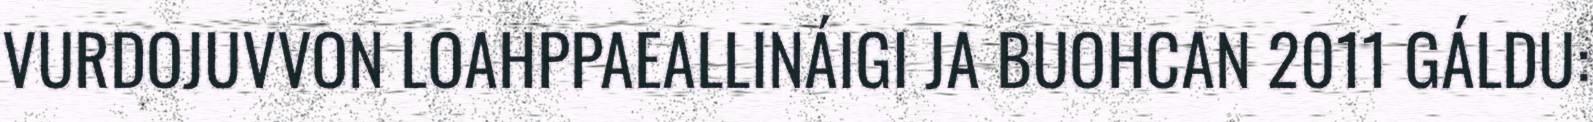
VURDOJUVVON LOAHPPAEALLINÁIGI JA BUOHCAN 2011 GÁLDU: